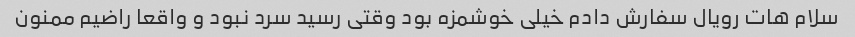
سلام هات رویال سفارش دادم خیلی خوشمزه بود وقتی رسید سرد نبود و واقعا راضیم ممنون